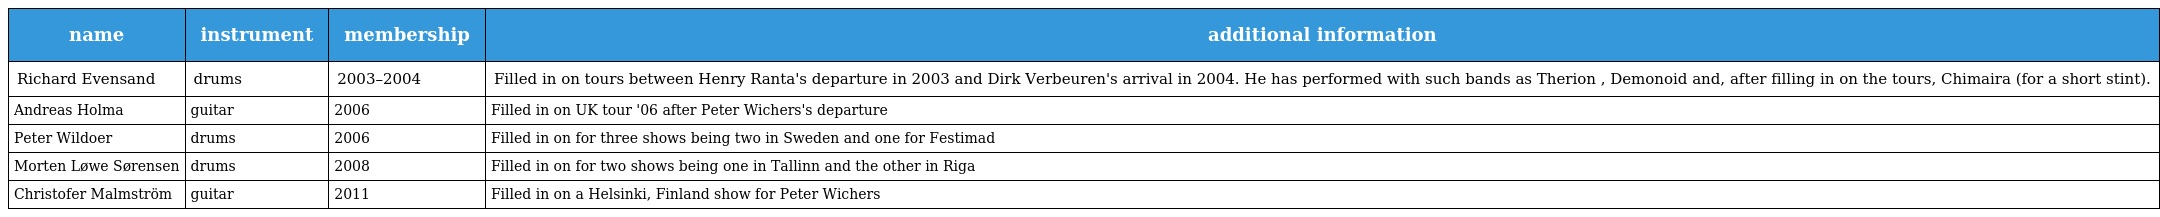
| name | instrument | membership | additional information |
 | --- | --- | --- | --- |
 | Richard Evensand | drums | 2003–2004 | Filled in on tours between Henry Ranta's departure in 2003 and Dirk Verbeuren's arrival in 2004. He has performed with such bands as Therion , Demonoid and, after filling in on the tours, Chimaira (for a short stint). |
 | Andreas Holma | guitar | 2006 | Filled in on UK tour '06 after Peter Wichers's departure |
 | Peter Wildoer | drums | 2006 | Filled in on for three shows being two in Sweden and one for Festimad |
 | Morten Løwe Sørensen | drums | 2008 | Filled in on for two shows being one in Tallinn and the other in Riga |
 | Christofer Malmström | guitar | 2011 | Filled in on a Helsinki, Finland show for Peter Wichers |